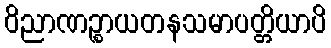
ဝိညာဏဉ္စာယတနသမာပတ္တိယာပိ